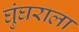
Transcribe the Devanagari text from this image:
घुंघराला